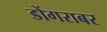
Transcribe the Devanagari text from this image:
डोंगराबर